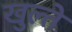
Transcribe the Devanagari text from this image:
खुल्ते